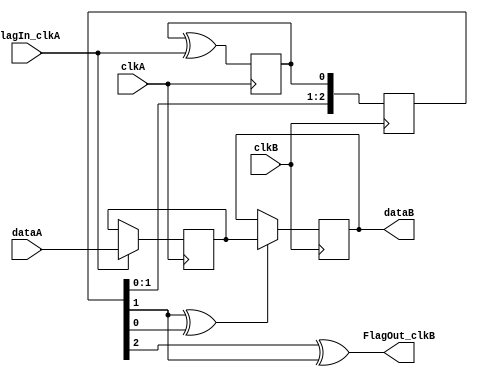
module Data_CrossDomain(
    input clkA,
    input FlagIn_clkA, 
    input clkB,
    output FlagOut_clkB,
	input [7:0] dataA,
	output [7:0] dataB
);

// this changes level when the FlagIn_clkA is seen in clkA
reg FlagToggle_clkA;
initial FlagToggle_clkA <= 0;
always @(posedge clkA) FlagToggle_clkA <= FlagToggle_clkA ^ FlagIn_clkA;

reg [7:0] clkA_data;
initial clkA_data <= 8'd0;
always @(posedge clkA) begin
	if (FlagIn_clkA) begin
		clkA_data <= dataA;
	end
end

reg [7:0] clkB_data;
initial clkB_data <= 8'd0;

// which can then be sync-ed to clkB
reg [2:0] SyncA_clkB;
initial SyncA_clkB<=3'b000;
always @(posedge clkB) SyncA_clkB <= {SyncA_clkB[1:0], FlagToggle_clkA};

always @(posedge clkB) begin
	if (SyncA_clkB[1] ^ SyncA_clkB[0]) begin
		clkB_data <= clkA_data;
	end
end

assign dataB = clkB_data;

// and recreate the flag in clkB
assign FlagOut_clkB = (SyncA_clkB[2] ^ SyncA_clkB[1]);

endmodule